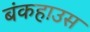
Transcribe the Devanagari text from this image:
बंकहाउस